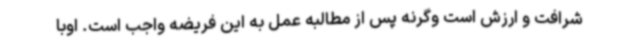
شرافت و ارزش است وگرنه پس از مطالبه عمل به این فریضه واجب است. اوبا